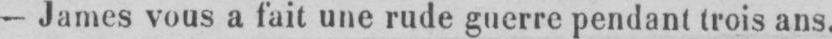
- James vous a fait une rude guerre pendant trois ans.